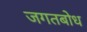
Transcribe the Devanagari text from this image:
जगतबोध